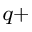
^ { q + }